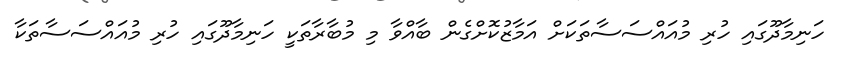
ހަނިމާދޫގައި ހުރި މުއައްސަސާތަކަށް އަމާޒުކޮށްގެން ބާއްވާ މި މުބާރާތަކީ ހަނިމާދޫގައި ހުރި މުއައްސަސާތަކާ